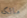
مالكه